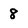
Character: 8